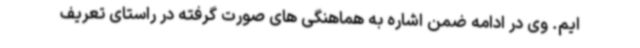
ایم. وی در ادامه ضمن اشاره به هماهنگی های صورت گرفته در راستای تعریف